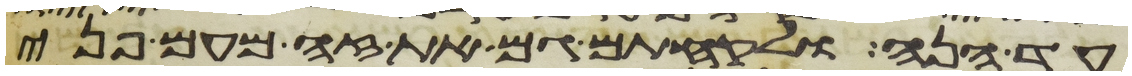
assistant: עד הנה ולקחתם גם את זה מעם פני